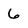
Character: 6